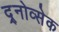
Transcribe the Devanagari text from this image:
द्र्नोव्सेक